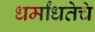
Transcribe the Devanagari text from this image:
धर्मांधतेचे